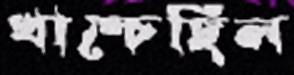
খাম্‌চেছিল